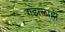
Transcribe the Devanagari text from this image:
गझलाही